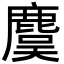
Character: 麌